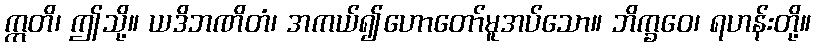
ဣတိ၊ ဤသို့။ ယဒိဘဏိတံ၊ အကယ်၍ဟောတော်မူအပ်သော။ ဘိက္ခဝေ၊ ရဟန်းတို့။